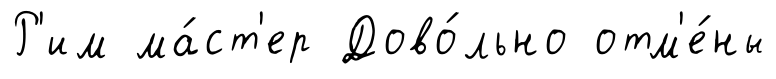
Р'им ма́ст'ер Дово́льно отм'е́ны